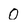
Character: O